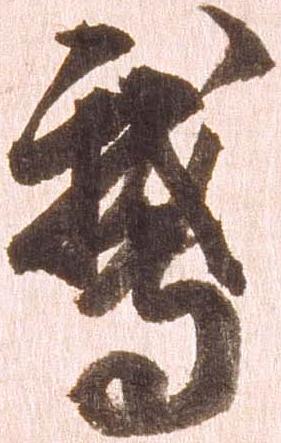
鵞